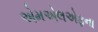
એમએલએફના